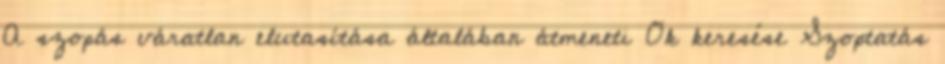
A szopás váratlan elutasítása általában átmeneti Ok keresése Szoptatás